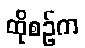
ထိုစဉ်က